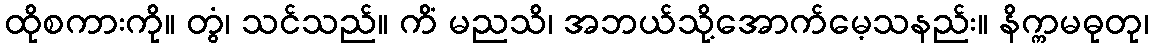
ထိုစကားကို။ တွံ၊ သင်သည်။ ကိံ မညသိ၊ အဘယ်သို့အောက်မေ့သနည်း။ နိက္ကမဓုတု၊